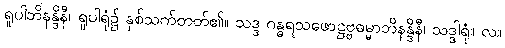
ရူပါဘိနန္ဒိနီ၊ ရူပါရုံ၌ နှစ်သက်တတ်၏။ သဒ္ဒ ဂန္ဓရသဖောဋ္ဌဗ္ဗဓမ္မာဘိနန္ဒိနီ၊ သဒ္ဒါရုံ။ လ။